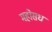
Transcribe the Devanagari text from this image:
महोसध